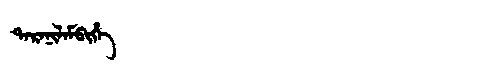
Manchu: ᡨᠠᡵᠠᠨᡳᠯᠠᠮᠪᡳᡥᡝ
Romanization: TARANILAMBIHE